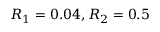
R _ { 1 } = 0 . 0 4 , R _ { 2 } = 0 . 5